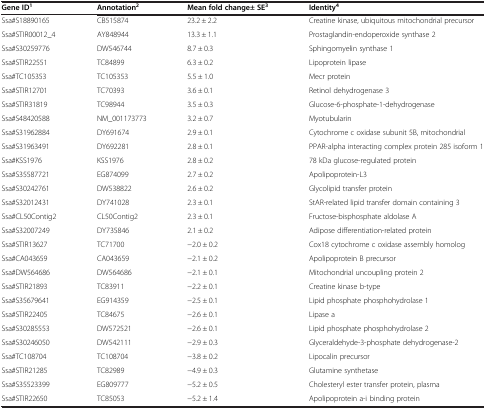
<table><thead><tr><td><b>Gene ID<sup>1</sup></b></td><td><b>Annotation<sup>2</sup></b></td><td><b>Mean fold change± SE<sup>3</sup></b></td><td><b>Identity<sup>4</sup></b></td></tr></thead><tbody><tr><td>Ssa#S18890165</td><td>CB515874</td><td>23.2 ± 2.2</td><td>Creatine kinase, ubiquitous mitochondrial precursor</td></tr><tr><td>Ssa#STIR00012_4</td><td>AY848944</td><td>13.3 ± 1.1</td><td>Prostaglandin-endoperoxide synthase 2</td></tr><tr><td>Ssa#S30259776</td><td>DW546744</td><td>8.7 ± 0.3</td><td>Sphingomyelin synthase 1</td></tr><tr><td>Ssa#STIR22551</td><td>TC84899</td><td>6.3 ± 0.2</td><td>Lipoprotein lipase</td></tr><tr><td>Ssa#TC105353</td><td>TC105353</td><td>5.5 ± 1.0</td><td>Mecr protein</td></tr><tr><td>Ssa#STIR12701</td><td>TC70393</td><td>3.6 ± 0.1</td><td>Retinol dehydrogenase 3</td></tr><tr><td>Ssa#STIR31819</td><td>TC98944</td><td>3.5 ± 0.3</td><td>Glucose-6-phosphate-1-dehydrogenase</td></tr><tr><td>Ssa#S48420588</td><td>NM_001173773</td><td>3.2 ± 0.7</td><td>Myotubularin</td></tr><tr><td>Ssa#S31962884</td><td>DY691674</td><td>2.9 ± 0.1</td><td>Cytochrome c oxidase subunit 5B, mitochondrial</td></tr><tr><td>Ssa#S31963491</td><td>DY692281</td><td>2.8 ± 0.1</td><td>PPAR-alpha interacting complex protein 285 isoform 1</td></tr><tr><td>Ssa#KSS1976</td><td>KSS1976</td><td>2.8 ± 0.2</td><td>78 kDa glucose-regulated protein</td></tr><tr><td>Ssa#S35587721</td><td>EG874099</td><td>2.7 ± 0.2</td><td>Apolipoprotein-L3</td></tr><tr><td>Ssa#S30242761</td><td>DW538822</td><td>2.6 ± 0.2</td><td>Glycolipid transfer protein</td></tr><tr><td>Ssa#S32012431</td><td>DY741028</td><td>2.3 ± 0.1</td><td>StAR-related lipid transfer domain containing 3</td></tr><tr><td>Ssa#CL50Contig2</td><td>CL50Contig2</td><td>2.3 ± 0.1</td><td>Fructose-bisphosphate aldolase A</td></tr><tr><td>Ssa#S32007249</td><td>DY735846</td><td>2.1 ± 0.2</td><td>Adipose differentiation-related protein</td></tr><tr><td>Ssa#STIR13627</td><td>TC71700</td><td>−2.0 ± 0.2</td><td>Cox18 cytochrome c oxidase assembly homolog</td></tr><tr><td>Ssa#CA043659</td><td>CA043659</td><td>−2.1 ± 0.2</td><td>Apolipoprotein B precursor</td></tr><tr><td>Ssa#DW564686</td><td>DW564686</td><td>−2.1 ± 0.1</td><td>Mitochondrial uncoupling protein 2</td></tr><tr><td>Ssa#STIR21893</td><td>TC83911</td><td>−2.2 ± 0.1</td><td>Creatine kinase b-type</td></tr><tr><td>Ssa#S35679641</td><td>EG914359</td><td>−2.5 ± 0.1</td><td>Lipid phosphate phosphohydrolase 1</td></tr><tr><td>Ssa#STIR22405</td><td>TC84675</td><td>−2.6 ± 0.1</td><td>Lipase a</td></tr><tr><td>Ssa#S30285553</td><td>DW572521</td><td>−2.6 ± 0.1</td><td>Lipid phosphate phosphohydrolase 2</td></tr><tr><td>Ssa#S30246050</td><td>DW542111</td><td>−2.9 ± 0.3</td><td>Glyceraldehyde-3-phosphate dehydrogenase-2</td></tr><tr><td>Ssa#TC108704</td><td>TC108704</td><td>−3.8 ± 0.2</td><td>Lipocalin precursor</td></tr><tr><td>Ssa#STIR21285</td><td>TC82989</td><td>−4.9 ± 0.3</td><td>Glutamine synthetase</td></tr><tr><td>Ssa#S35523399</td><td>EG809777</td><td>−5.2 ± 0.5</td><td>Cholesteryl ester transfer protein, plasma</td></tr><tr><td>Ssa#STIR22650</td><td>TC85053</td><td>−5.2 ± 1.4</td><td>Apolipoprotein a-i binding protein</td></tr></tbody></table>